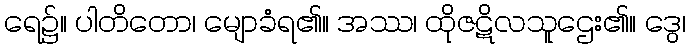
ရေ၌။ ပါတိတော၊ မျောခံရ၏။ အဿ၊ ထိုဇဋိလသူဌေး၏။ ဒွေ၊